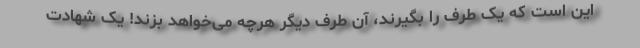
این است که یک طرف را بگیرند، آن طرف دیگر هرچه می‌خواهد بزند! یک شهادت